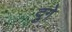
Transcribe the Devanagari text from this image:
दुगे